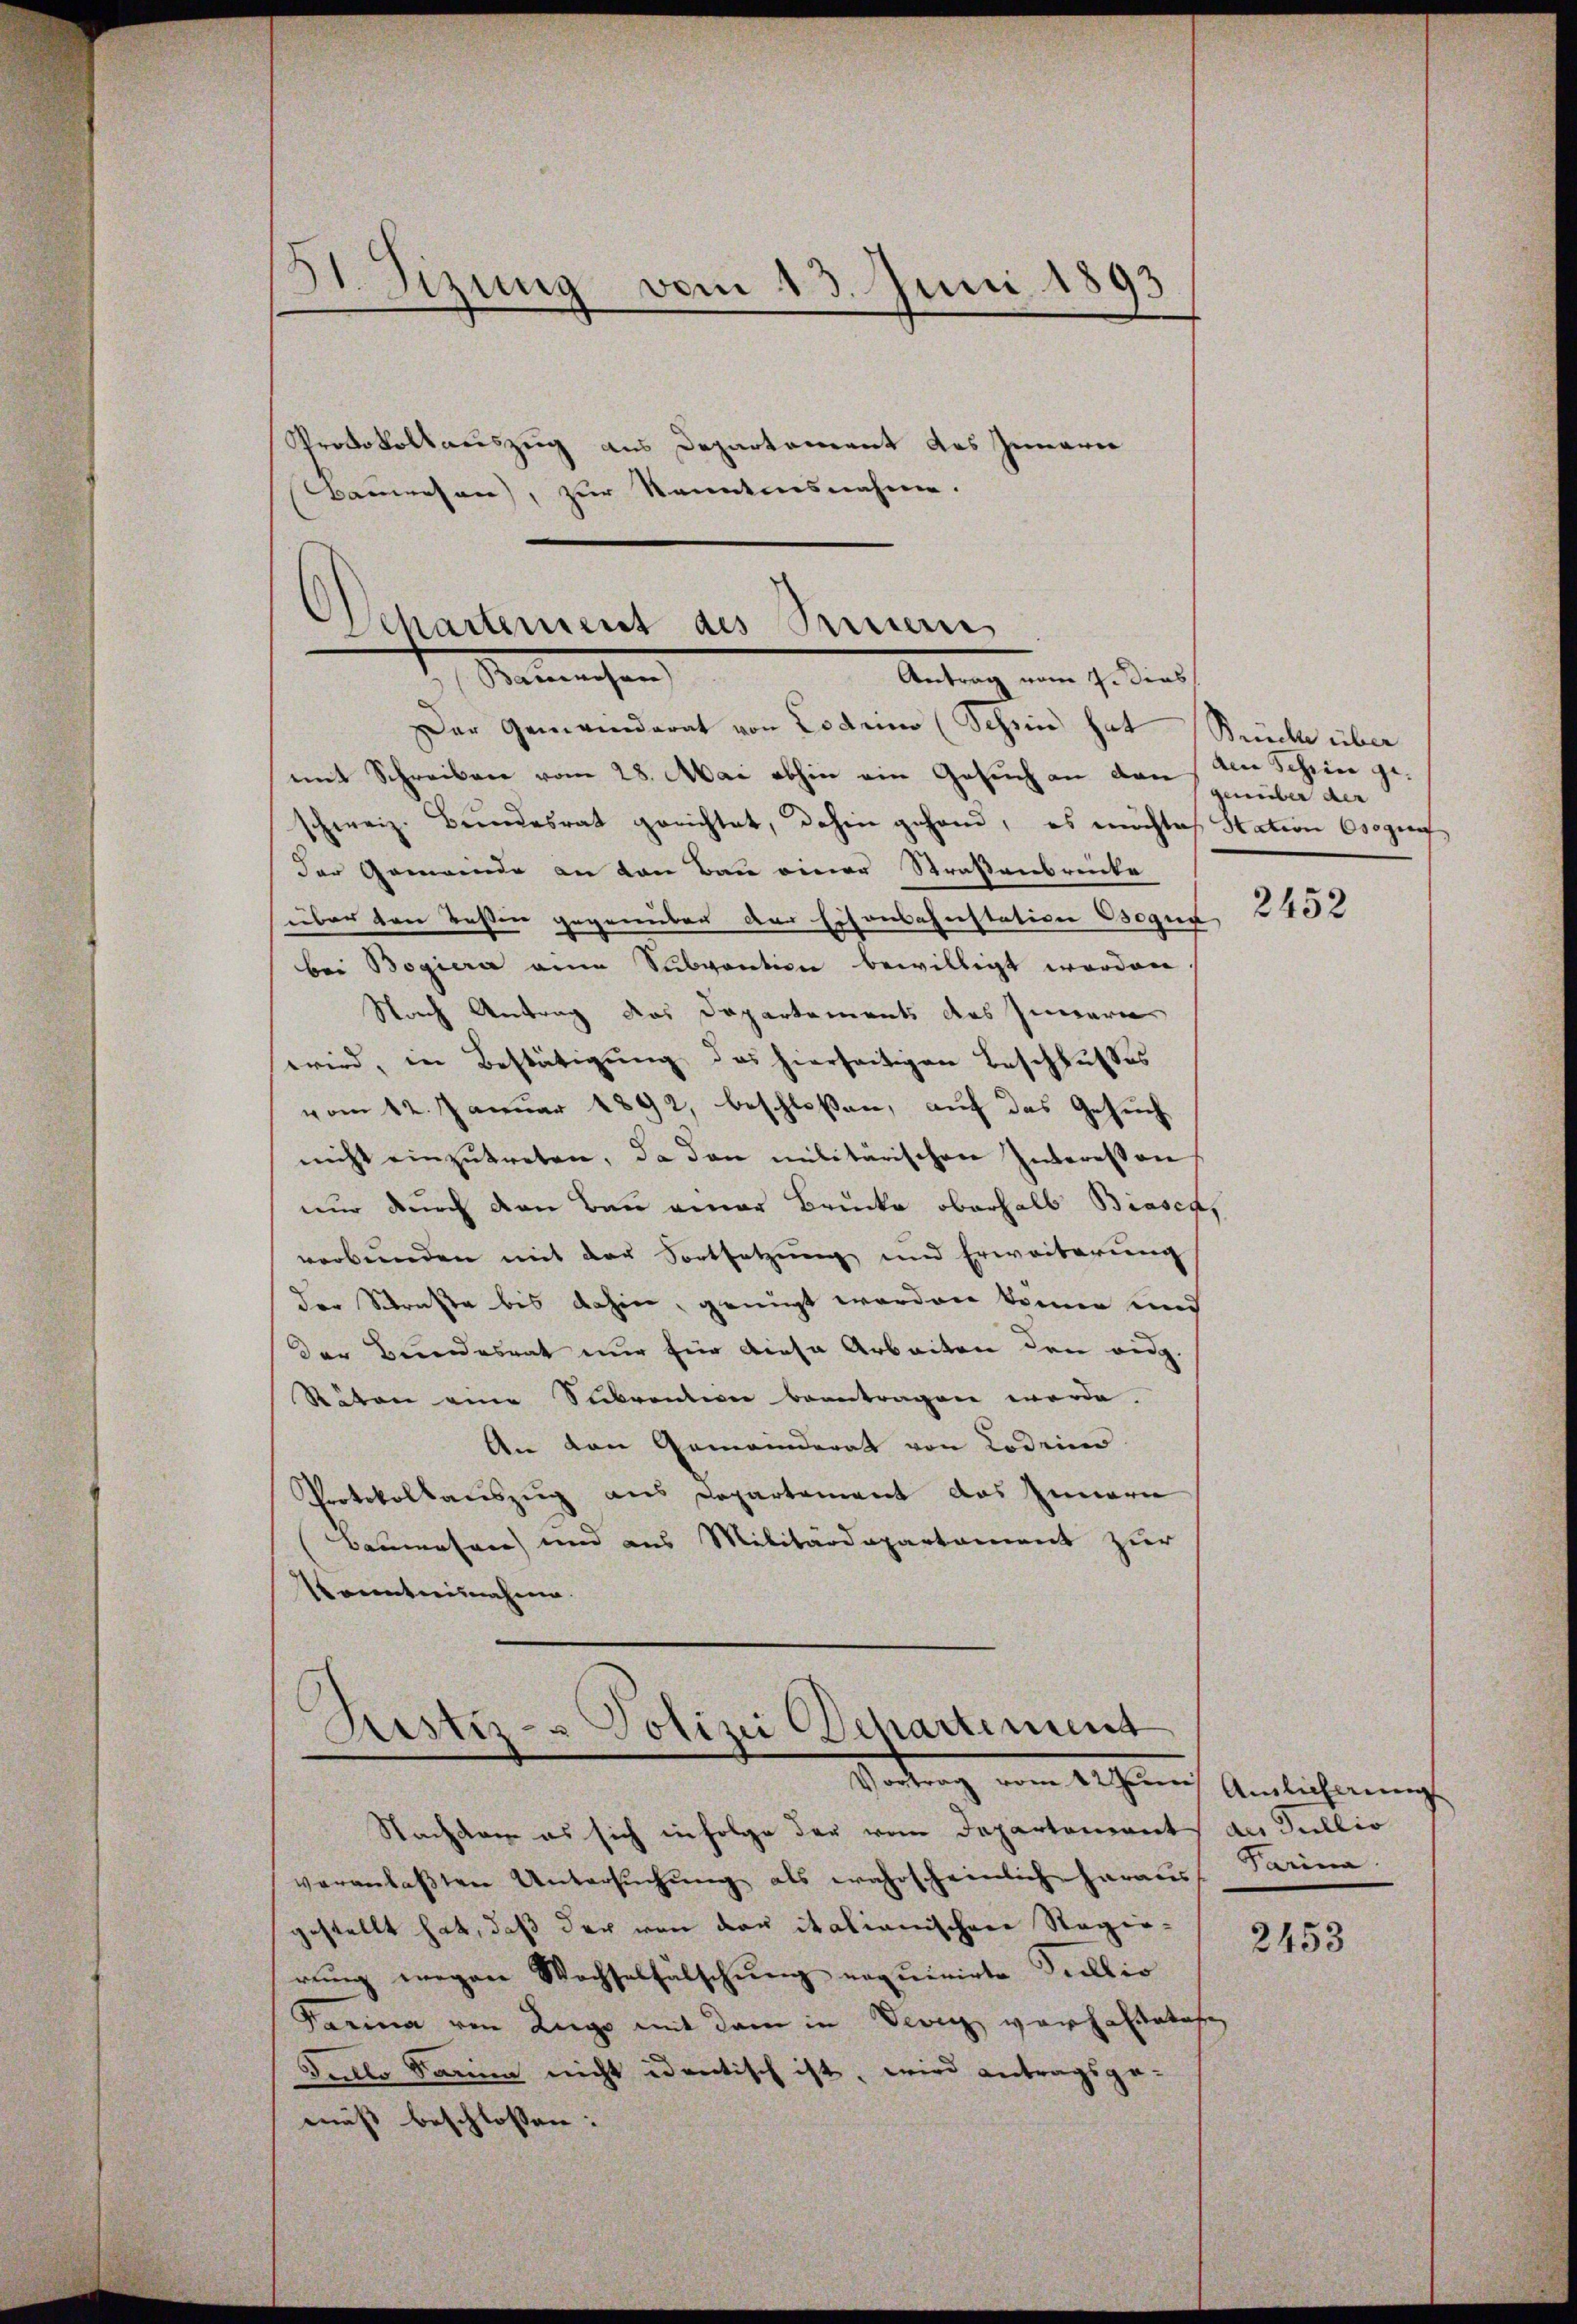
51. Sizung vom 13. Juni 1893

Protokollauszug aus Departement des Innern
Bauwesen, zur Kenntnisnahme.

Departement des Seiner
Remachen
Antrag vom 9. dies

Der Gemeinderat von Lodrino (Schein hat Stücke über
mit Schreiben vom 28. Mai abhin ein Gesuch an den den Schine geschweiz. Bŭndesrat gerichtet, dahin gehand, es möchtes Station sogen
der Gemeinde an von Bau einer Straßenbreiche
über den Bessen gegenüber der Eisenbahnstation Bogue
bei Bogiera eine Subvention bewilligt worden
Nach Antrag das Departements des Innern
wird, in Bestätigung das hierseitigen Beschlusses
vom 12. Januar 1892, beschloßen, auf das Gesuch
nicht einzŭtreten, da den militärischen Interessen
nur durch den Bau einer Brücke oberhalb Biasca,
verbŭnden mit der Fortsetzŭng und Erweiterŭng
der Straße bis dahin, genügt worden könne und
der Bundesrat nur für diese Arbeiten den eidg.
Stäten eine Subvention beantragen werde. |
An den Gemeinderat von Lodrin.
Protokollauszug aus Departement das Innern
Baumasane) und aus Militärdepartament zur
Kenntnisnahme.
Justiz- & Polizei Departement
.

Vortrag vom Altern Amtlicherung

Nachdem es sich in Folge der vom Departement des Gullio
veranlaßten Untersŭchŭng als wahrscheinlich heraus Parina.
gestellt hat, daß der von der italianischen Regierung wegen Wachselfälschung erquirirte Sullio
Farina von Lugo mit dem in Vevey verhalteter,
Sullo Sanen nicht identisch ist, wird antragsge-
muß beschlossen:

genüber der

2452

2453